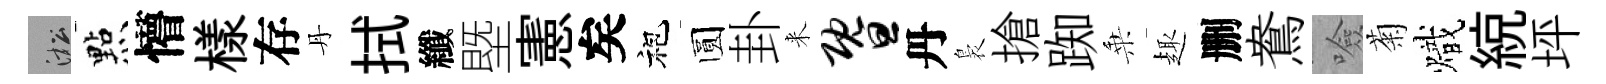
淞㸃懵樣存丹拭纖塈憲矣袍圆卦来暨丹裊搶踟乗趣删鴦噞菊熾綂坪